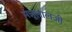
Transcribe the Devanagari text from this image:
मन्नूलालजी